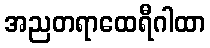
အညတရာထေရီဂါထာ